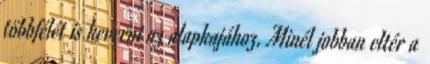
többfélét is keverni az alapkajához. Minél jobban eltér a